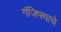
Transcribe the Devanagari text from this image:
गंजिफ्याचे